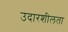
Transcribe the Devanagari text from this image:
उदारशीलता